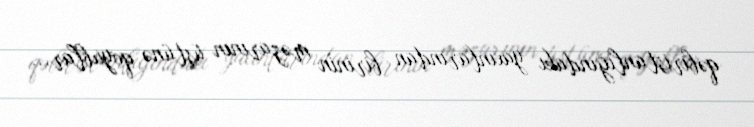
qəbiristanlığındakı yaxınlarından birinin məzarının üstünə qoyublar...